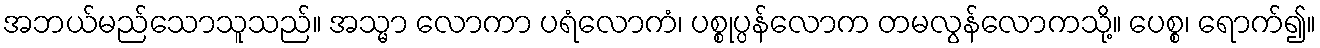
အဘယ်မည်သောသူသည်။ အသ္မာ လောကာ ပရံလောကံ၊ ပစ္စုပ္ပန်လောက တမလွန်လောကသို့။ ပေစ္စ၊ ရောက်၍။